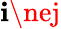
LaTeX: \mathbf{i}\nej